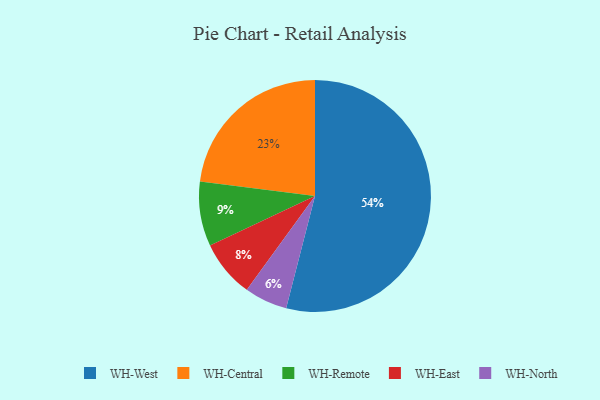
{"axis": {"x": "Category", "y": "Percentage"}, "legend": ["WH-Central", "WH-East", "WH-North", "WH-Remote", "WH-West"], "data": [{"x": "WH-North", "y": 6, "type": "WH-North"}, {"x": "WH-Central", "y": 23, "type": "WH-Central"}, {"x": "WH-West", "y": 54, "type": "WH-West"}, {"x": "WH-East", "y": 8, "type": "WH-East"}, {"x": "WH-Remote", "y": 9, "type": "WH-Remote"}]}